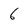
Character: 6